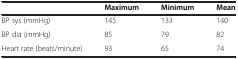
<table><thead><tr><td></td><td><b>Maximum</b></td><td><b>Minimum</b></td><td><b>Mean</b></td></tr></thead><tbody><tr><td>BP sys (mmHg)</td><td>145</td><td>133</td><td>140</td></tr><tr><td>BP dia (mmHg)</td><td>85</td><td>79</td><td>82</td></tr><tr><td>Heart rate (beats/minute)</td><td>93</td><td>65</td><td>74</td></tr></tbody></table>